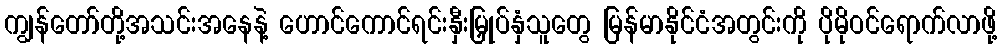
ကျွန်တော်တို့အသင်းအနေနဲ့ ဟောင်ကောင်ရင်းနှီးမြှုပ်နှံသူတွေ မြန်မာနိုင်ငံအတွင်းကို ပိုမိုဝင်ရောက်လာဖို့